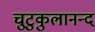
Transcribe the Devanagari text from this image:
चुटुकुलानन्द